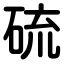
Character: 硫